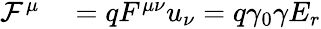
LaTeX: \begin{array}{rl}{\mathcal{F}^{\mu}}&{{}=qF^{\mu\nu}u_{\nu}=q\gamma_{0}\gamma E_{r}}\end{array}